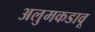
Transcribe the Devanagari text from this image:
अलुमकडावू